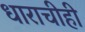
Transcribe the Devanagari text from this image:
धाराचीही